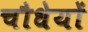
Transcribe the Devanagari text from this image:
चौधेयों